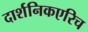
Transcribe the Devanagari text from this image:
दार्शनिकएरिच